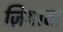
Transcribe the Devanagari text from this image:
ज़ियादा